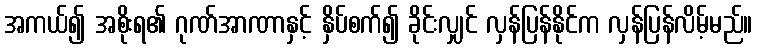
အကယ်၍ အစိုးရ၏ ဂုဏ်အာဏာနှင့် နှိပ်စက်၍ ခိုင်းလျှင် လှန်ပြန်နိုင်က လှန်ပြန်လိမ့်မည်။